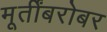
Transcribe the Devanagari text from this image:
मूर्तींबरोबर